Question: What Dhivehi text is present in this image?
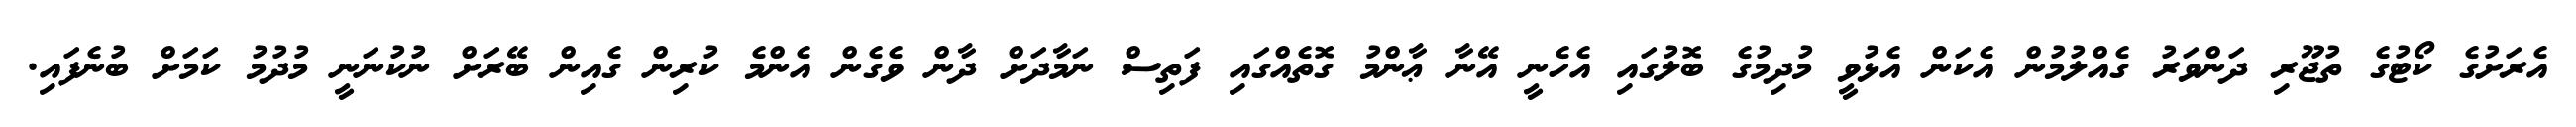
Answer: އެރަށުގެ ކޯޓުގެ ތުޖޫރި ދަންވަރު ގެއްލުމުން އެކަން އެޅުވީ މުދިމުގެ ބޮލުގައި އެހެނީ އޭނާ ޢާންމު ގޮތެއްގައި ފަތިސް ނަމާދަށް ދާން ވެގެން އެންމެ ކުރިން ގެއިން ބޭރަށް ނުކުނަނީ މުދުމު ކަމަށް ބުނެފައި.